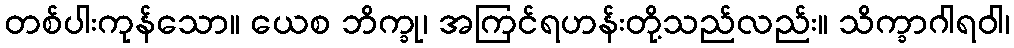
တစ်ပါးကုန်သော။ ယေစ ဘိက္ခု၊ အကြင်ရဟန်းတို့သည်လည်း။ သိက္ခာဂါရဝါ၊